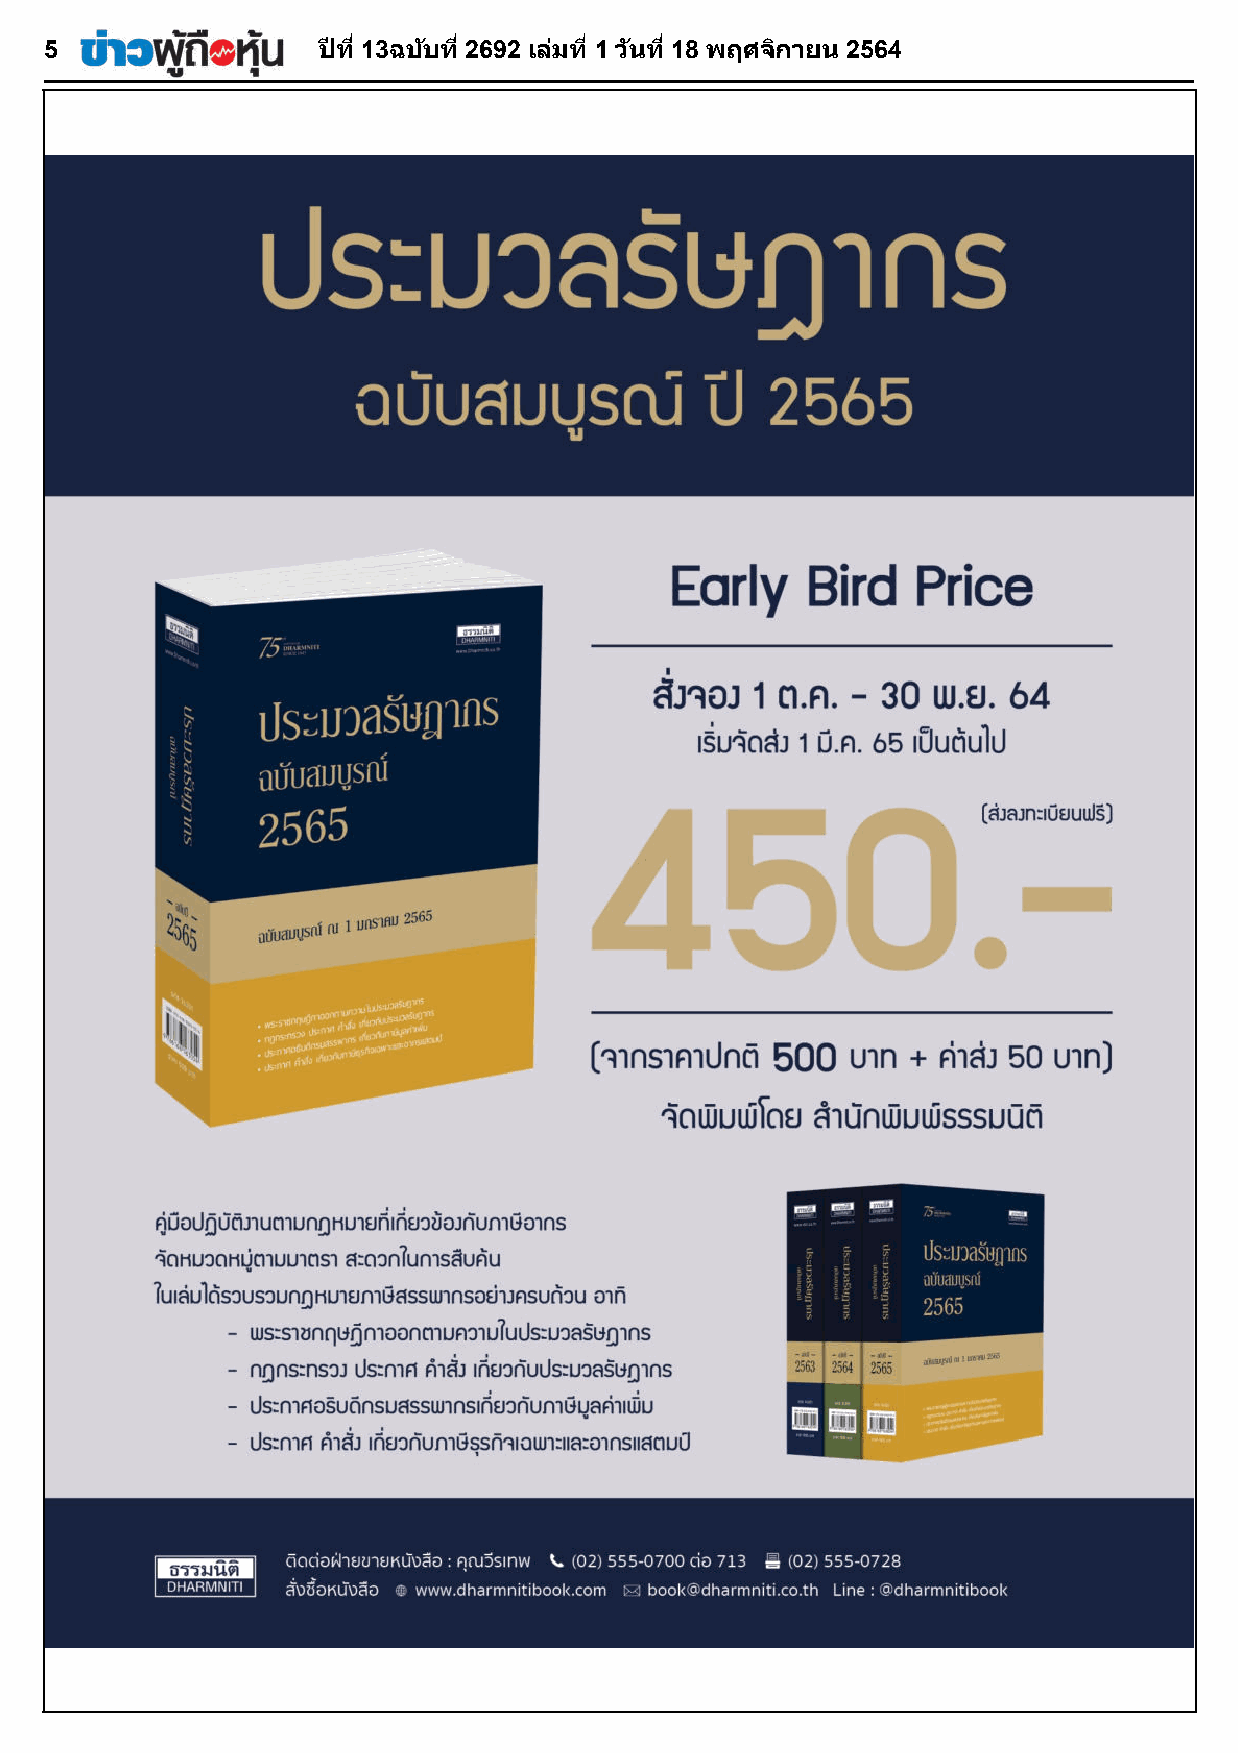
55                ปปีีทท ีี1133ฉฉบบบบัั ทท ีี22669922 เเลลมม่่ ทท ีี11 ววนนัั ทท ีี1188 พพฤฤศศจจกกิิ าายยนน 22556644